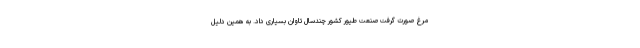
مرغ صورت گرفت صنعت طیور کشور چندسال تاوان بسیاری داد. به همین دلیل